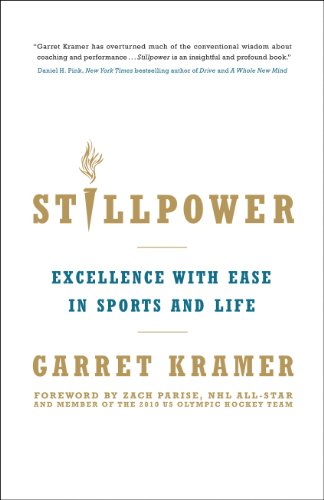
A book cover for Stillpower: Excellence with Ease in Sports and Life; Garret Kramer; Sports & Outdoors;